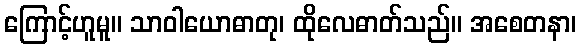
ကြောင့်ဟူမူ။ သာဝါယောဓာတု၊ ထိုလေဓာတ်သည်။ အစေတနာ၊